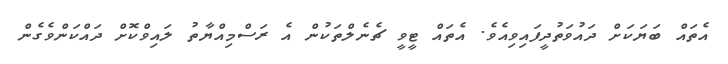
އެތައް ބަޔަކަށް ދައުވަތުދީފައިވިއެވެ. އެތައް ޓީވީ ޗެނެލްތަކުން އެ ރަސްމިއްޔާތު ލައިވްކޮށް ދައްކަންވެގެން